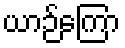
ယာဉ်ကြော